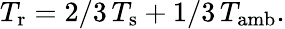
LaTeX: T_{\textup{r}}=2/3\, T_{\textup{s}}+1/3\, T_{\textup{amb}}.